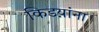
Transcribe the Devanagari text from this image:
किडय़ांना